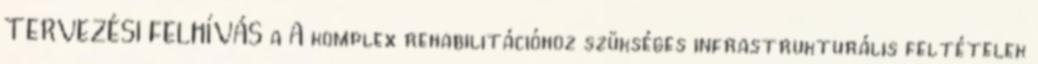
TERVEZÉSI FELHÍVÁS a A komplex rehabilitációhoz szükséges infrastrukturális feltételek